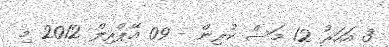
3 އަހަރު 12 މަސް ކުރިން - 09 އޭޕްރިލް 2012 މި